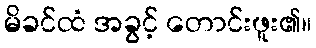
မိခင်ထံ အခွင့် တောင်းဖူး၏။